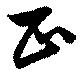
正